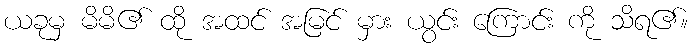
ယခုမှ မိမိ၏ ထို အထင် အမြင် မှား ယွင်း ကြောင်း ကို သိရ၏။